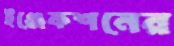
ইঞ্জেকশনের